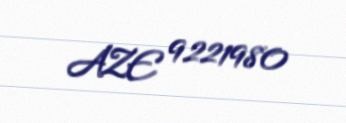
AZE 9221980